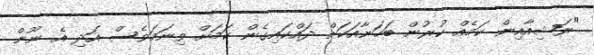
"ރަޝިއާއިން ކަމެއް ކުރުން ބަހަނާއަކަށް ދައްކައިގެން ކަމަށް ވިނަމަވެސް އަދި އެ ނޫން